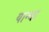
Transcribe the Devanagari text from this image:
यान्चा